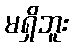
မရှိဘူး